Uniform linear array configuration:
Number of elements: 4
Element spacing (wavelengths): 1
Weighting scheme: uniform
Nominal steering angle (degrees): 60
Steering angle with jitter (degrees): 61.022
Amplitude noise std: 0.05
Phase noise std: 0.05

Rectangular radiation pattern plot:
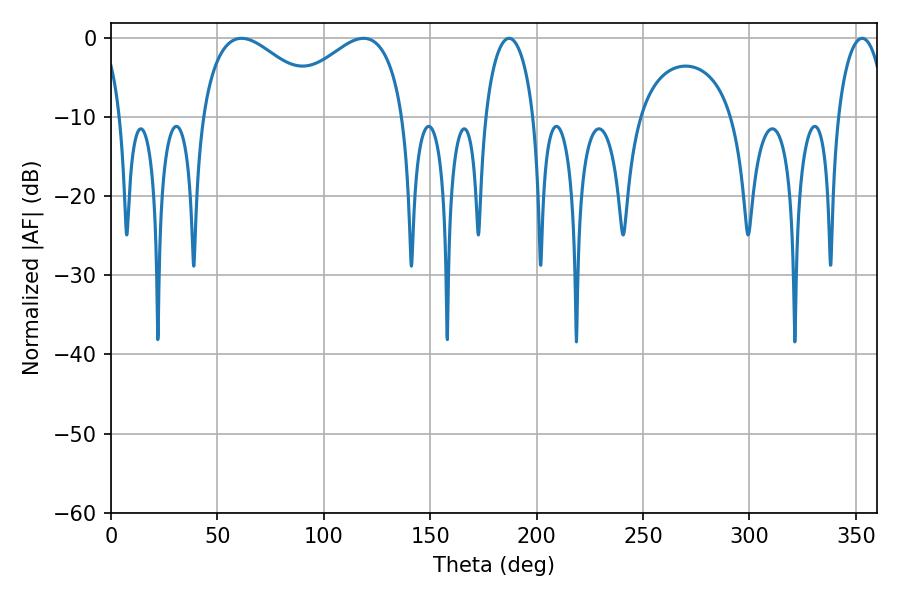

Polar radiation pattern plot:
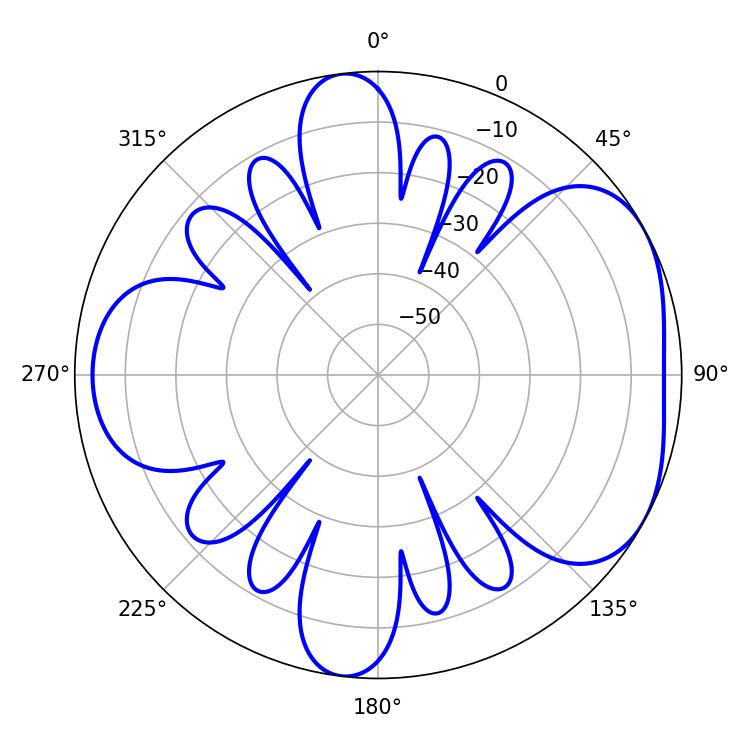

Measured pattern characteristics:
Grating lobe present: TRUE
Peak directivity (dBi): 4.791
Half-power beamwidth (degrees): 13.14
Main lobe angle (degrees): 187.02